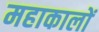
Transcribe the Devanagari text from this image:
महाकालों